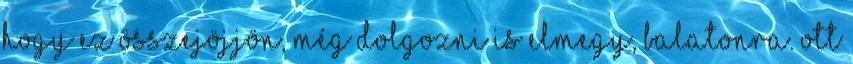
hogy ez összejöjjön, még dolgozni is elmegy, Balatonra. Ott